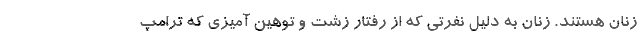
زنان هستند. زنان به دلیل نفرتی که از رفتار زشت و توهین آمیزی که ترامپ